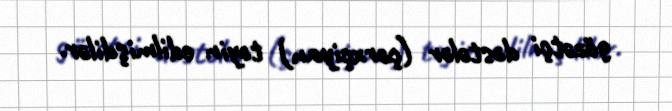
gözətçi dəstələr (çərxçiyan) təyin edilmişdilər.